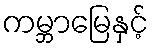
ကမ္ဘာမြေနှင့်